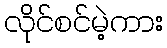
လိုင်စင်မဲ့ကား